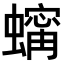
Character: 𧑶